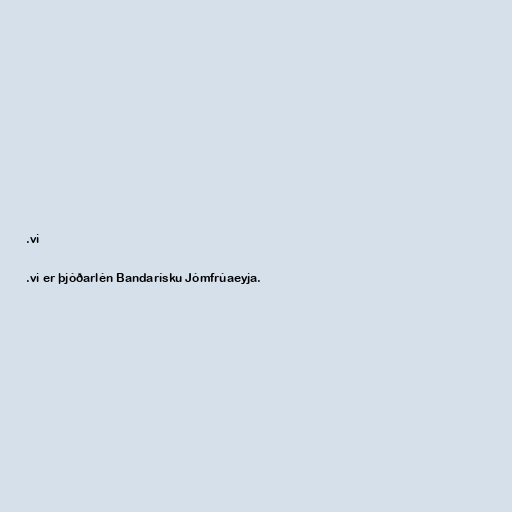
.vi

.vi er þjóðarlén Bandarísku Jómfrúaeyja.